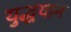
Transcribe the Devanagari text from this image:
युद्धयान